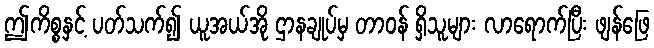
ဤကိစ္စနှင့် ပတ်သက်၍ ယူအယ်အို ဌာနချုပ်မှ တာဝန် ရှိသူများ လာရောက်ပြီး ဖျန်ဖြေ